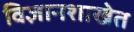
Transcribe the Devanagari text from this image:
विज्ञानशाखेत